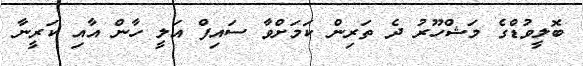
ބޮލީވުޑްގެ މަޝްހޫރު ދެ ތަރިން ކަމަށްވާ ސައިފް އަލީ ހާން އާއި ކަރީނާ